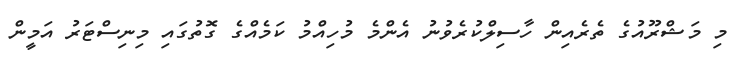
މި މަޝްރޫއުގެ ތެރެއިން ހާސިލްކުރެވުނު އެންމެ މުހިއްމު ކަމެއްގެ ގޮތުގައި މިނިސްޓަރު އަމީން